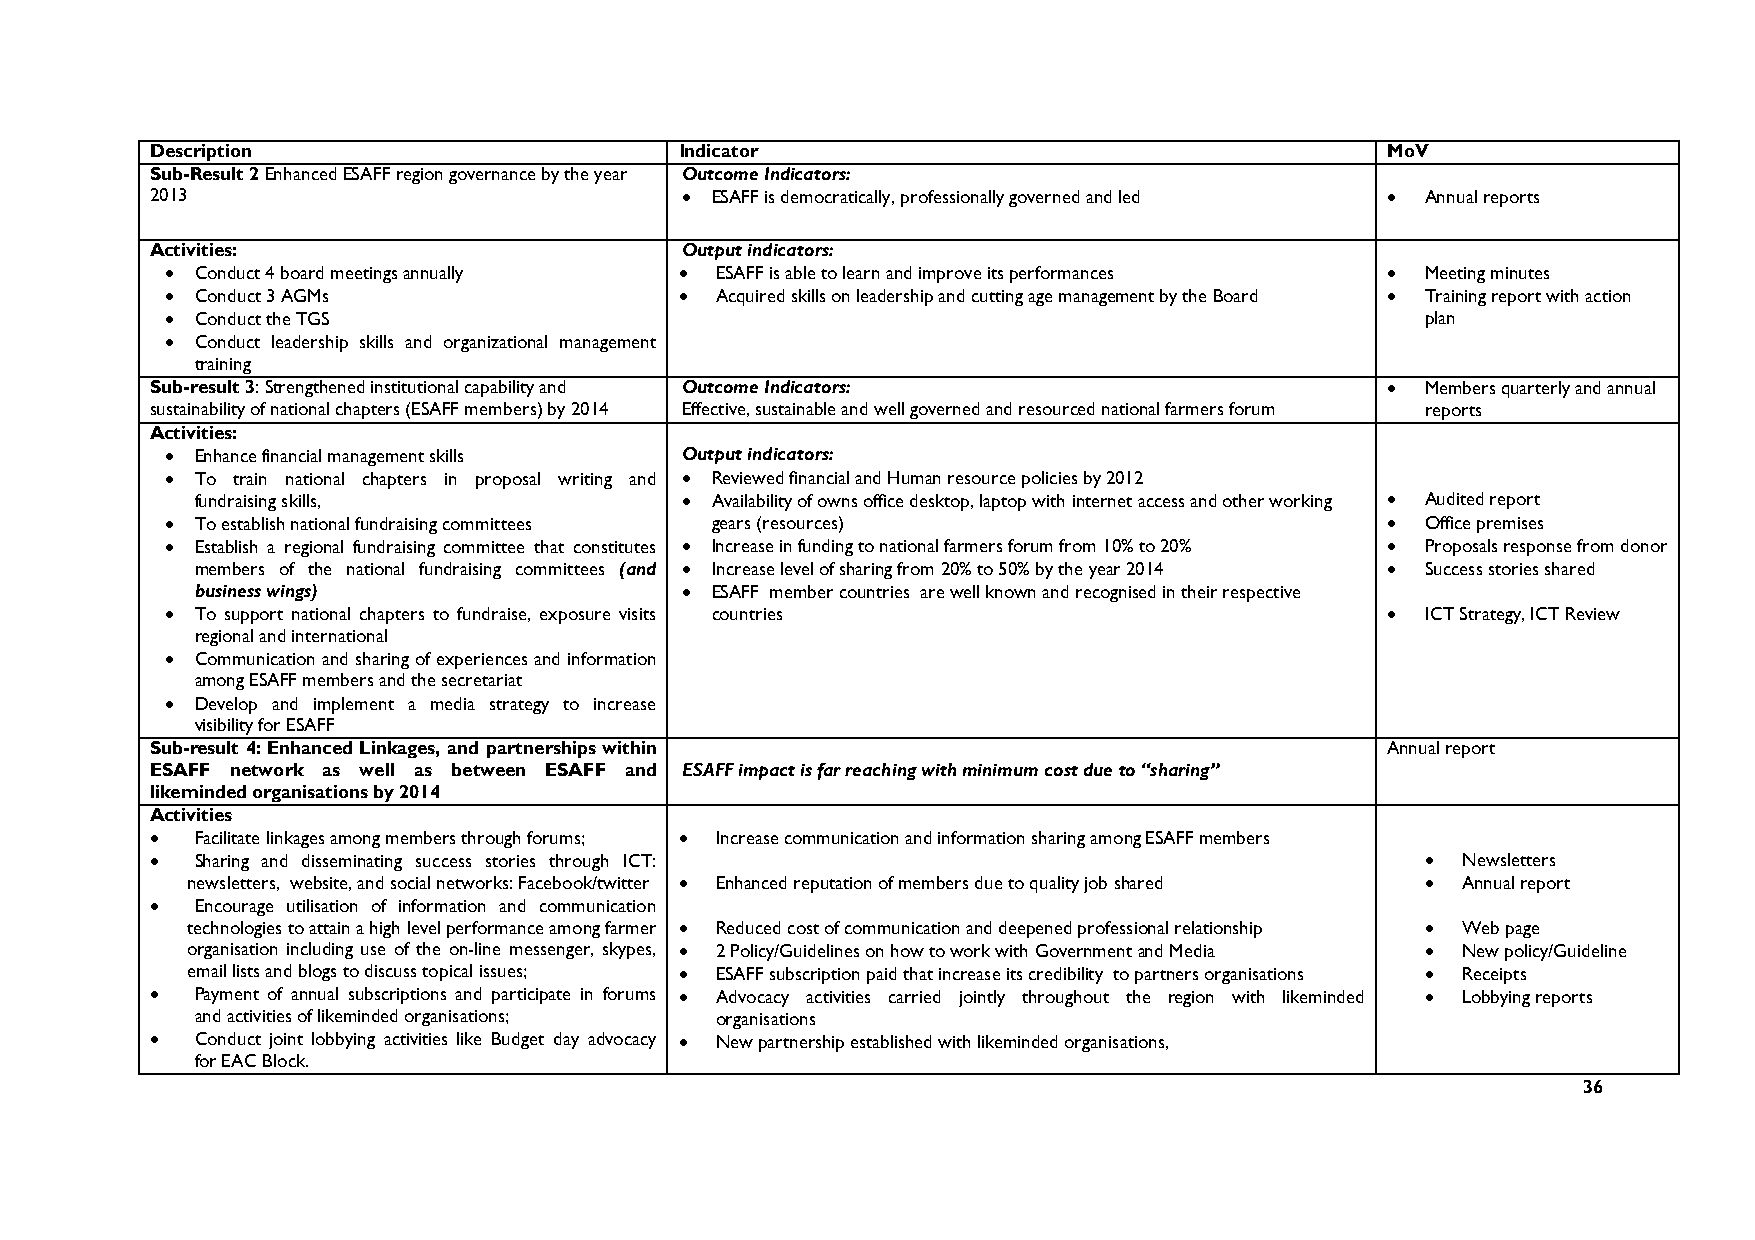
Description                        Indicator                                      MoV
 Sub-Result 2 Enhanced ESAFF region governance by the year Outcome Indicators:
 2013                               • ESAFF is democratically, professionally governed and led • Annual reports
 Activities:                        Output indicators:
 • Conduct 4 board meetings annually • ESAFF is able to learn and improve its performances • Meeting minutes
 • Conduct 3 AGMs                  • Acquired skills on leadership and cutting age management by the Board • Training report with action
 • Conduct the TGS                                                                  plan
 • Conduct leadership skills and organizational management
 training
 Sub-result 3: Strengthened institutional capability and Outcome Indicators:       • Members quarterly and annual
 sustainability of national chapters (ESAFF members) by 2014 Effective, sustainable and well governed and resourced national farmers forum reports
 Activities:
 • Enhance financial management skills Output indicators:
 • To train national chapters in proposal writing and • Reviewed financial and Human resource policies by 2012
 fundraising skills,             • Availability of owns office desktop, laptop with internet access and other working • Audited report
 • To establish national fundraising committees gears (resources)                 • Office premises
 • Establish a regional fundraising committee that constitutes • Increase in funding to national farmers forum from 10% to 20% • Proposals response from donor
 members of the national fundraising committees (and • Increase level of sharing from 20% to 50% by the year 2014 • Success stories shared
 business wings)                 • ESAFF member countries are well known and recognised in their respective
 • To support national chapters to fundraise, exposure visits countries           • ICT Strategy, ICT Review
 regional and international
 • Communication and sharing of experiences and information
 among ESAFF members and the secretariat
 • Develop and implement a media strategy to increase
 visibility for ESAFF
 Sub-result 4: Enhanced Linkages, and partnerships within                          Annual report
 ESAFF network as well as between ESAFF and ESAFF impact is far reaching with minimum cost due to “sharing”
 likeminded organisations by 2014
 Activities
 •  Facilitate linkages among members through forums; • Increase communication and information sharing among ESAFF members
 •  Sharing and disseminating success stories through ICT:                           •  Newsletters
 newsletters, website, and social networks: Facebook/twitter • Enhanced reputation of members due to quality job shared • Annual report
 •  Encourage utilisation of information and communication
 technologies to attain a high level performance among farmer • Reduced cost of communication and deepened professional relationship • Web page
 organisation including use of the on-line messenger, skypes, • 2 Policy/Guidelines on how to work with Government and Media • New policy/Guideline
 email lists and blogs to discuss topical issues; • ESAFF subscription paid that increase its credibility to partners organisations • Receipts
 •  Payment of annual subscriptions and participate in forums • Advocacy activities carried jointly throughout the region with likeminded • Lobbying reports
 and activities of likeminded organisations; organisations
 •  Conduct joint lobbying activities like Budget day advocacy • New partnership established with likeminded organisations,
 for EAC Block.
 36